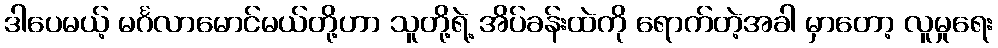
ဒါပေမယ့် မင်္ဂလာမောင်မယ်တို့ဟာ သူတို့ရဲ့ အိပ်ခန်းထဲကို ရောက်တဲ့အခါ မှာတော့ လူမှုရေး